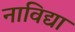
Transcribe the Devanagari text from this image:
नाविद्या